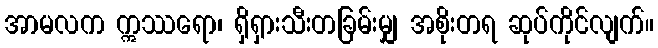
အာမလက ဣဿရော၊ ရှိရှားသီးတခြမ်းမျှ အစိုးတရ ဆုပ်ကိုင်လျက်။